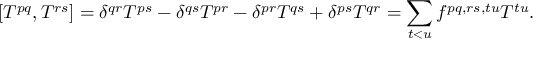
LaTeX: [ T ^ { p q } , T ^ { r s } ] = \delta ^ { q r } T ^ { p s } - \delta ^ { q s } T ^ { p r } - \delta ^ { p r } T ^ { q s } + \delta ^ { p s } T ^ { q r } = \sum _ { t < u } f ^ { p q , r s , t u } T ^ { t u } .